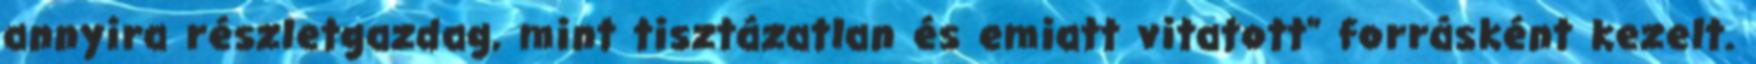
annyira részletgazdag, mint tisztázatlan és emiatt vitatott" forrásként kezelt.